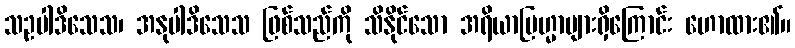
သဥပါဒိသေသ၊ အနုပါဒိသေသ ဖြစ်သည်ကို သိနိုင်သော အရိယာဗြဟ္မာများရှိကြောင်း ဟောထား၏။